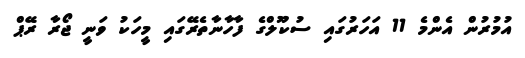
އުމުރުން އެންމެ 11 އަހަރުގައި ސުކޫލްގެ ފާހާނާތެރޭގައި މީހަކު ވަނީ ޖޯރާ ރޭޕް